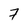
Character: 7